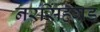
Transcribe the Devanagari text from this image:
नरसिंहगड